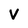
Character: v